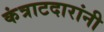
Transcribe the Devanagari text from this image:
कंत्राटदारांनी